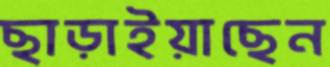
ছাড়াইয়াছেন